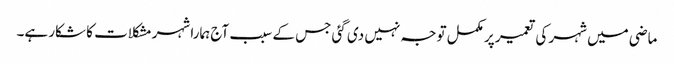
ماضی میں شہر کی تعمیر پر مکمل توجہ نہیں دی گئی جس کے سبب آج ہمارا شہر مشکلات کا شکار ہے۔